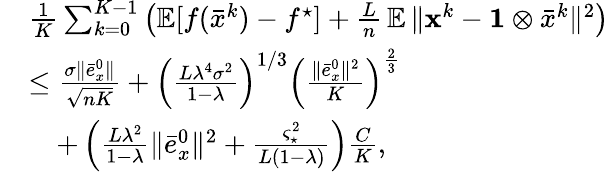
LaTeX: \begin{array}{rl}&{\frac{1}{K}\sum_{k=0}^{K-1}\left(\mathop{\mathbb{E}}[f(\bar{x}^{k})-f^{\star}]+\frac{L}{n}\mathop{\mathbb{E}}\| {\mathbf{x}}^{k}-\mathbf{1}\otimes\bar{x}^{k}\| ^{2}\right)}\\ &{\leq\frac{\sigma\| \bar{e}_{x}^{0}\| }{\sqrt{nK}}+\left(\frac{L\lambda^{4}\sigma^{2}}{1-\lambda}\right)^{1/3}\left(\frac{\| \bar{e}_{x}^{0}\| ^{2}}{K}\right)^{\frac{2}{3}}}\\ &{\quad+\left(\frac{L\lambda^{2}}{1-\lambda}\| \bar{e}_{x}^{0}\| ^{2}+\frac{\varsigma_{\star}^{2}}{L(1-\lambda)}\right)\frac{C}{K},}\end{array}